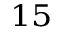
^ { 1 5 }